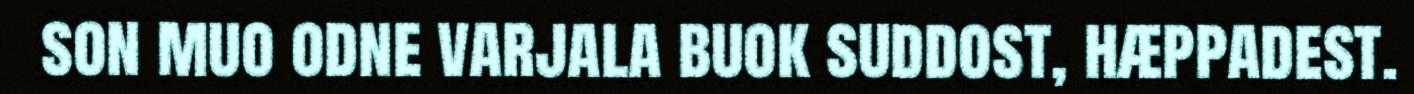
son muo odne varjala buok suddost, hæppadest.